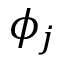
\phi _ { j }